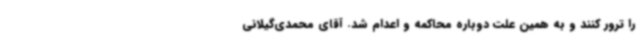
را ترور کنند و به همین علت دوباره محاکمه و اعدام شد. آقای محمدی‌گیلانی